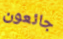
جائعون